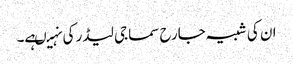
ان کی شبیہ جارح سماجی لیڈر کی نہیںہے۔